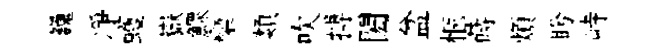
巍凈蠖嶽鰥欒類吹搏閎盆愜蒔煩盻峙